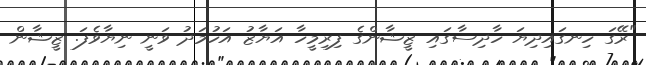
"ރޭގަ ހިނގައިދިޔަ ހާދިސާގައި ޒީޝާންގެ ފިރިމީހާ އަޔާޒު އަހުމަދު ވަނީ ނިޔާވެފަ. ޒީޝާން